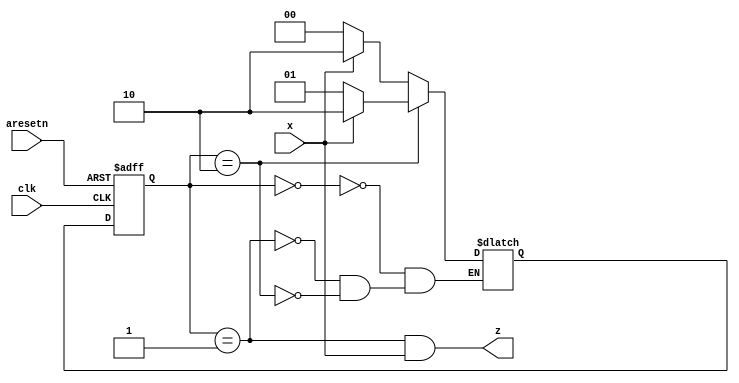
module top_module (
    input clk,
    input aresetn,    // Asynchronous active-low reset
    input x,
    output z ); 
	parameter a = 0, b = 1, c = 2;
    reg [1:0] state, next;
    
    always @ (*) begin
        case(state)
            a : next = x ? c : a;
            b : next = x ? c : a;
            c : next = x ? c : b;
        endcase
    end
    always @ (posedge clk, negedge aresetn) begin
        if(!aresetn) state <= a;
        else state <= next;
    end
    assign z = (state == b) & x;
endmodule